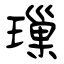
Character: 璅